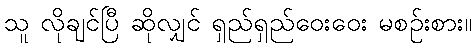
သူ လိုချင်ပြီ ဆိုလျှင် ရှည်ရှည်ဝေးဝေး မစဉ်းစား။